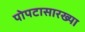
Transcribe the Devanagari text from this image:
पोपटासारख्या